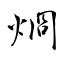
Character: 烱